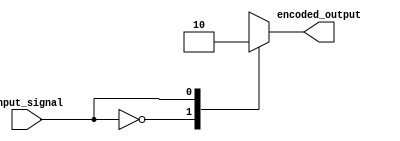
module Encoder(
    input input_signal,
    output encoded_output
);

// Priority Encoding
// If input_signal is 0, encoded_output is 0001
// If input_signal is 1, encoded_output is 0010
// If input_signal is 2, encoded_output is 0100
// If input_signal is 3, encoded_output is 1000

always @(*) begin
    case (input_signal)
        0: encoded_output = 4'b0001;
        1: encoded_output = 4'b0010;
        2: encoded_output = 4'b0100;
        3: encoded_output = 4'b1000;
        default: encoded_output = 4'b0000; // default encoding for other inputs
    endcase
end

endmodule